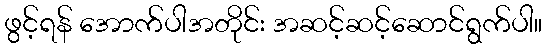
ဖွင့်ရန် အောက်ပါအတိုင်း အဆင့်ဆင့်ဆောင်ရွက်ပါ။